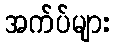
အက်ပ်များ